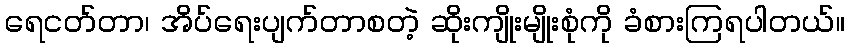
ရေငတ်တာ၊ အိပ်ရေးပျက်တာစတဲ့ ဆိုးကျိုးမျိုးစုံကို ခံစားကြရပါတယ်။